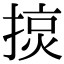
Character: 𢰍